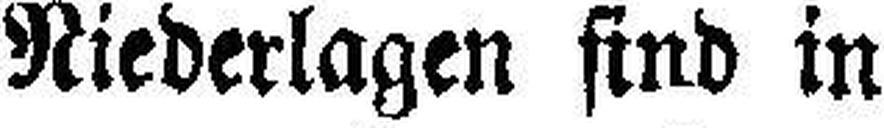
Niederlagen sind in